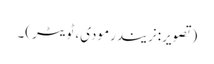
(تصویر:نریندرمودی، ٹویٹر)۔